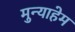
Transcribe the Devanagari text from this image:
मुन्याहेम